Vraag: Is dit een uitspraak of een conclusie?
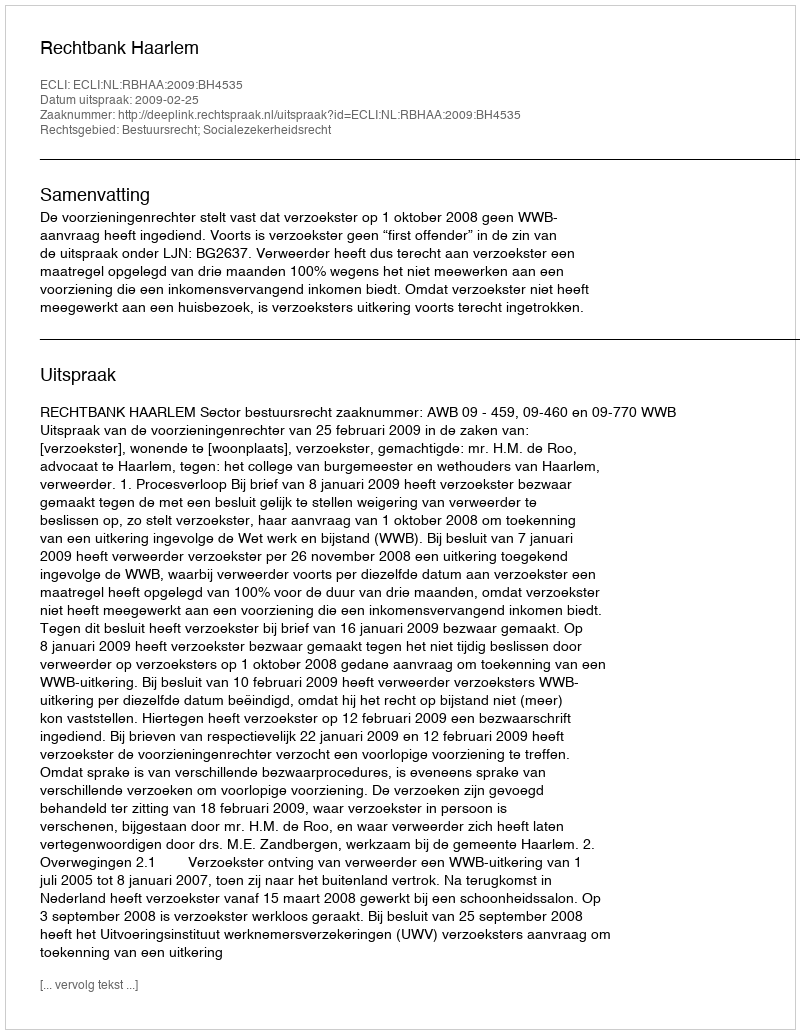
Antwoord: Uitspraak